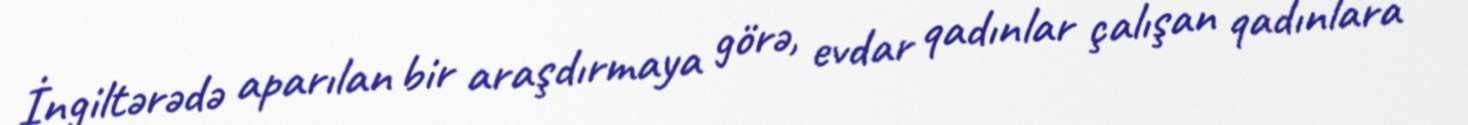
İngiltərədə aparılan bir araşdırmaya görə, evdar qadınlar çalışan qadınlara